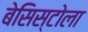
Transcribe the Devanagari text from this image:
बेसिस्टोला